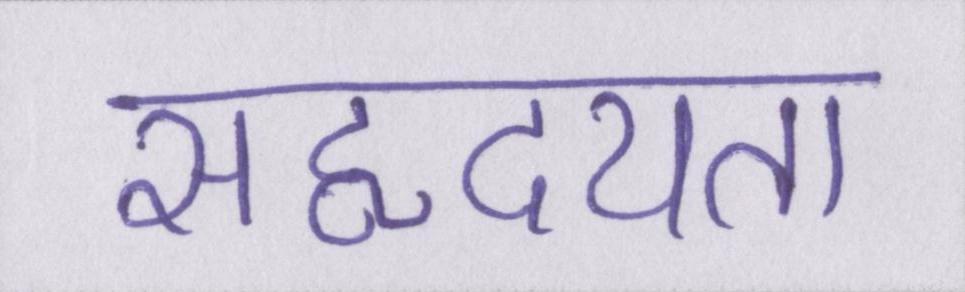
सहृदयता